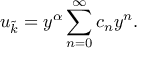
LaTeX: u _ { \tilde { k } } = y ^ { \alpha } \sum _ { n = 0 } ^ { \infty } c _ { n } y ^ { n } .